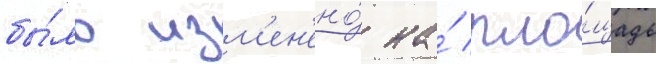
бы́ло изм'ен'ено́ на́ пло́щадь